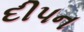
દીપન